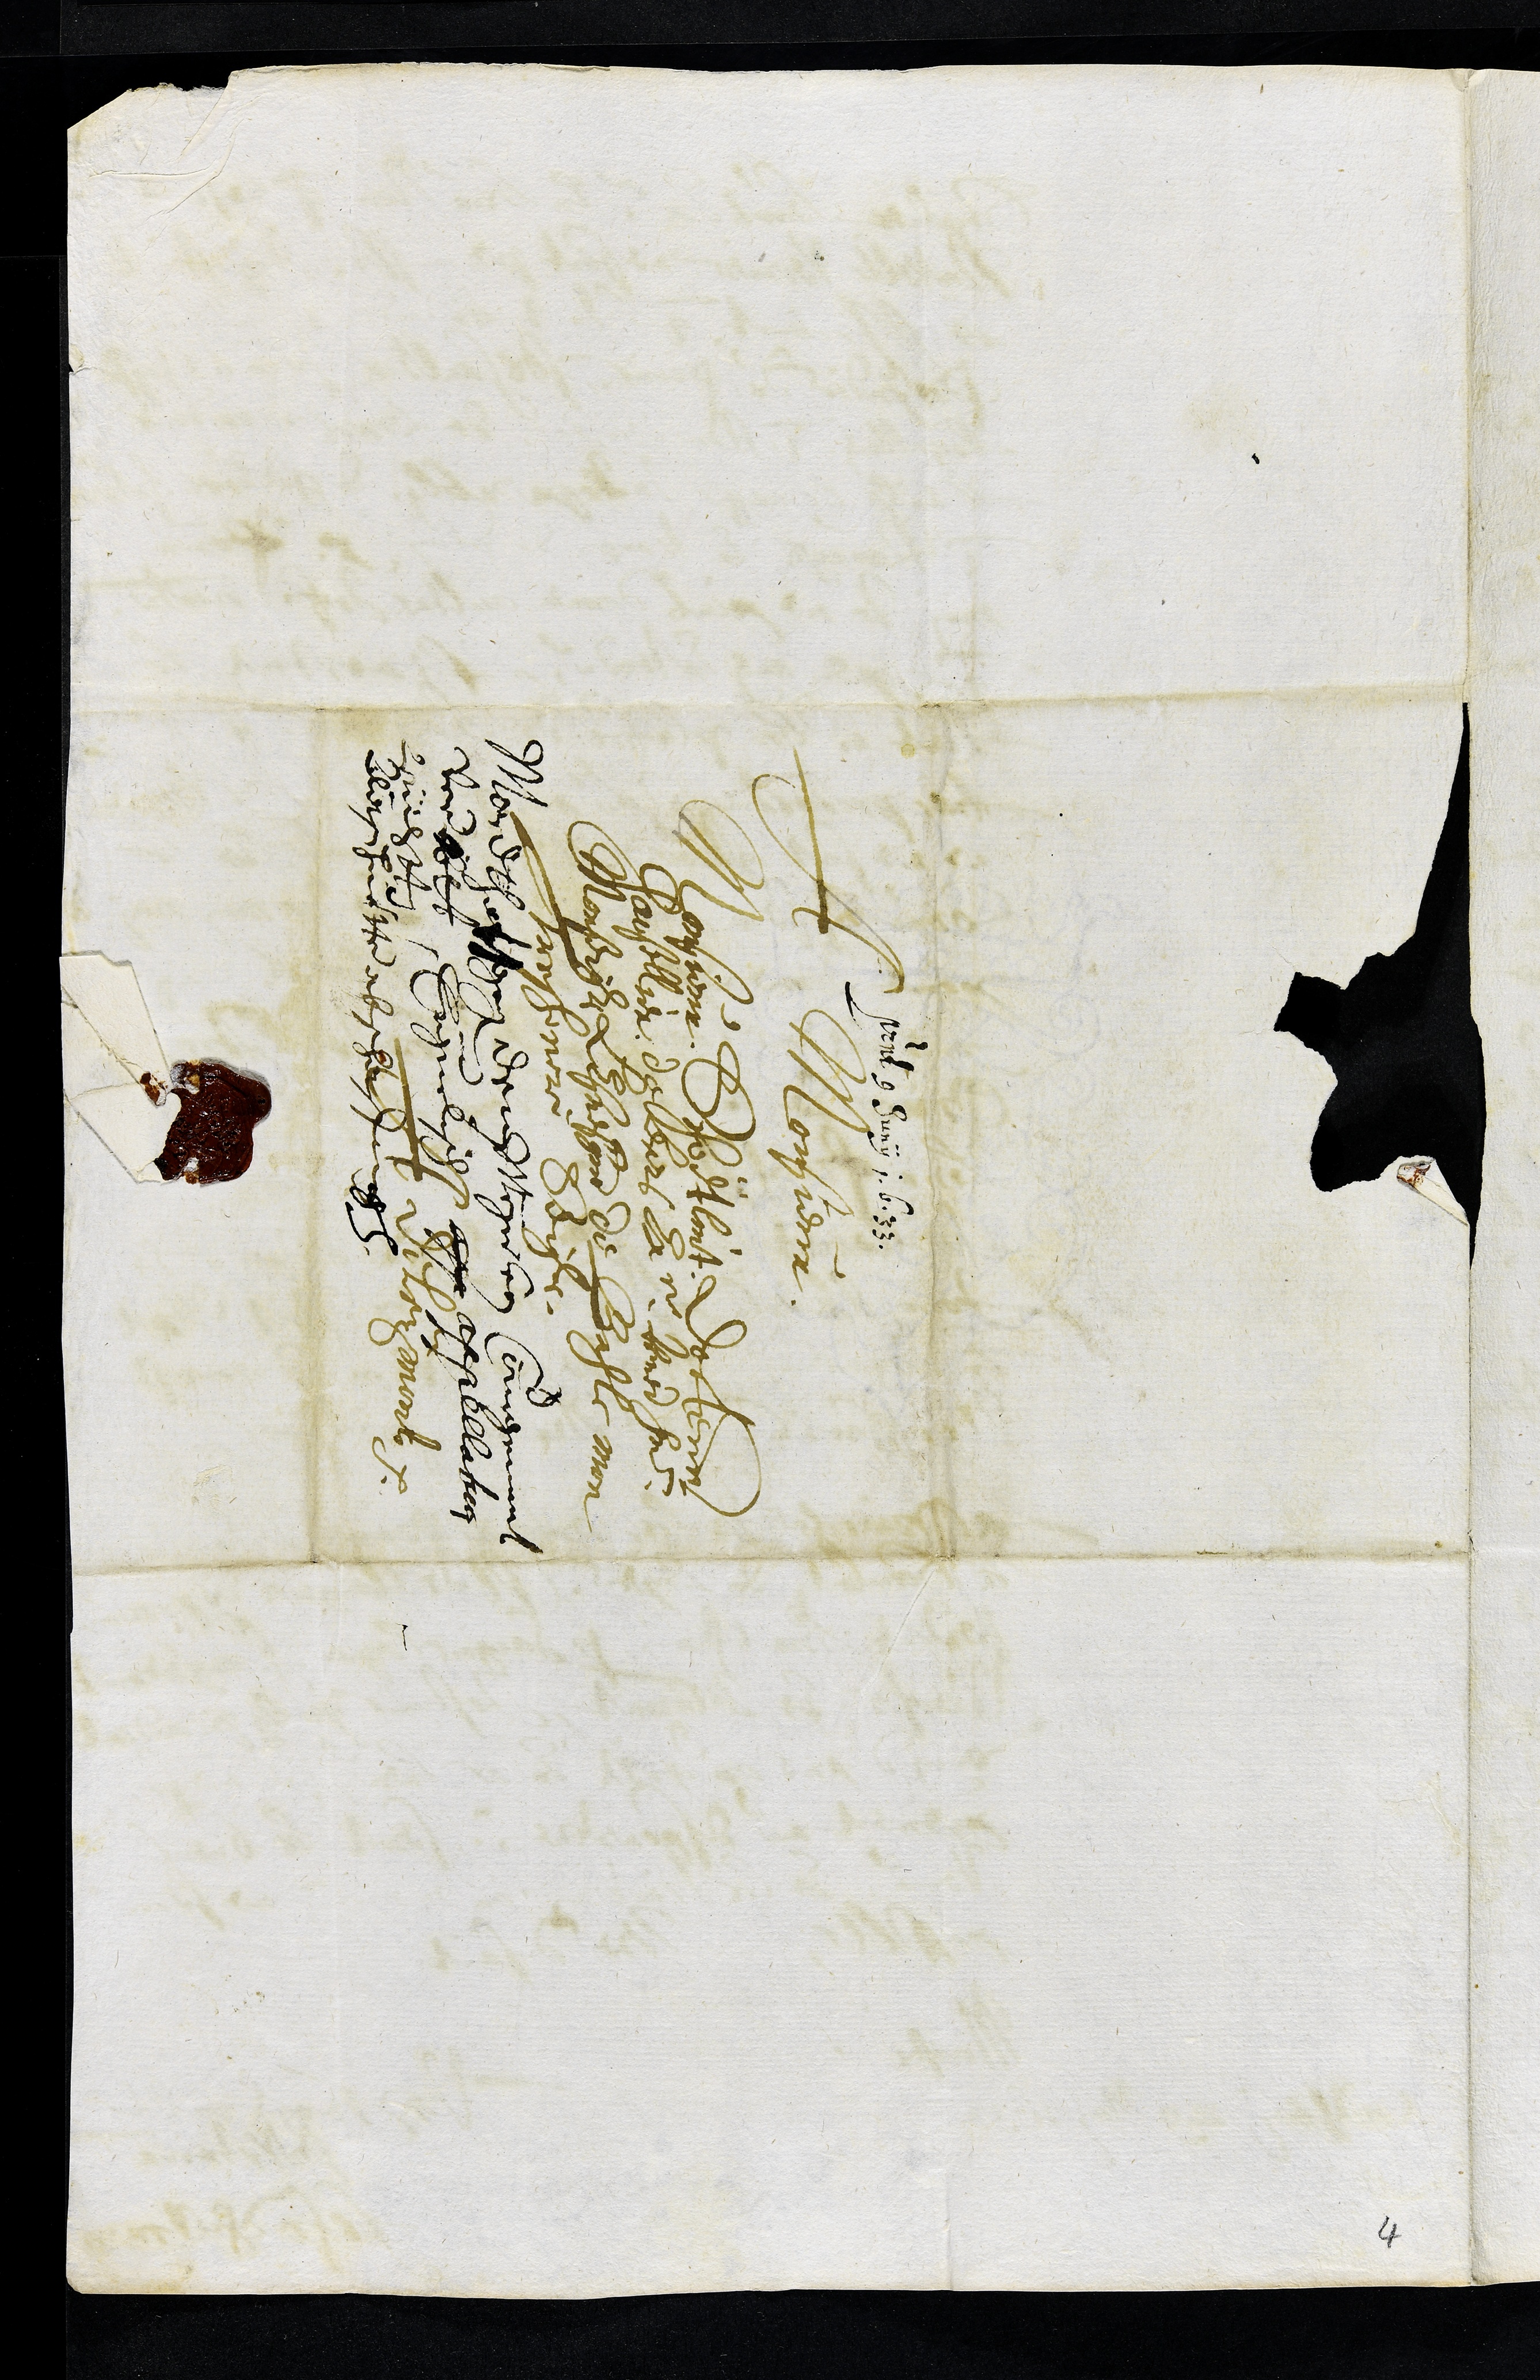
presentatum 9 Juny 1633
A Monsieur
Monsieur Schödtlint Docteur
Chansellier de leurs Excellence Reverendissime
Monseigneur LEvesque de Basle mon
Tres honoré Seigneur
A Deleymont
Mordthatt gegen dem Meyer von Courgemunt
Verübtt Erguelisch app appellation
Gerichtten
Daß huetten abschaffungen
4